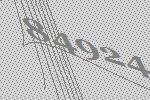
84924